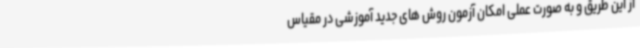
از این طریق و به صورت عملی امکان آزمون روش های جدید آموزشی در مقیاس